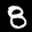
Digit: 8